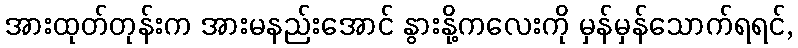
အားထုတ်တုန်းက အားမနည်းအောင် နွားနို့ကလေးကို မှန်မှန်သောက်ရရင်,